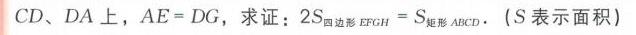
\(CD、DA\)上，\(AE = DG\)，求证：\(2S_{四边形EFGH}=S_{矩形ABCD}\)。（\(S\)表示面积）